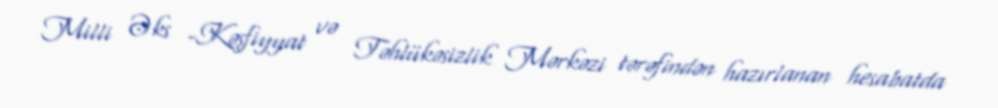
Milli Əks -Kəşfiyyat və Təhlükəsizlik Mərkəzi tərəfindən hazırlanan hesabatda